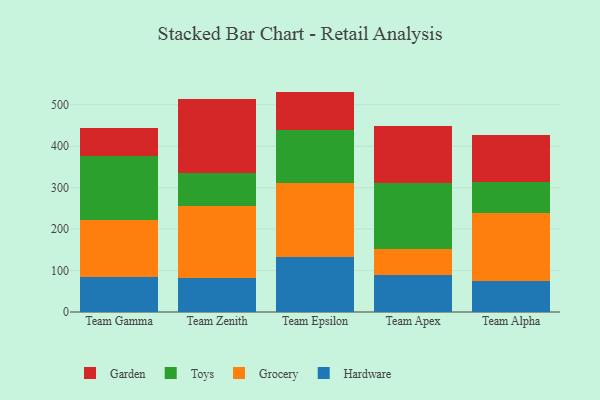
{"axis": {"x": "Team", "y": "Revenue (USD Million)"}, "legend": ["Garden", "Grocery", "Hardware", "Toys"], "data": [{"x": "Team Gamma", "y": 83.7, "type": "Hardware"}, {"x": "Team Gamma", "y": 138.0, "type": "Grocery"}, {"x": "Team Gamma", "y": 155.1, "type": "Toys"}, {"x": "Team Gamma", "y": 68.1, "type": "Garden"}, {"x": "Team Zenith", "y": 83.0, "type": "Hardware"}, {"x": "Team Zenith", "y": 172.8, "type": "Grocery"}, {"x": "Team Zenith", "y": 79.3, "type": "Toys"}, {"x": "Team Zenith", "y": 179.4, "type": "Garden"}, {"x": "Team Epsilon", "y": 132.9, "type": "Hardware"}, {"x": "Team Epsilon", "y": 178.4, "type": "Grocery"}, {"x": "Team Epsilon", "y": 127.8, "type": "Toys"}, {"x": "Team Epsilon", "y": 92.8, "type": "Garden"}, {"x": "Team Apex", "y": 88.9, "type": "Hardware"}, {"x": "Team Apex", "y": 64.0, "type": "Grocery"}, {"x": "Team Apex", "y": 159.6, "type": "Toys"}, {"x": "Team Apex", "y": 137.2, "type": "Garden"}, {"x": "Team Alpha", "y": 74.3, "type": "Hardware"}, {"x": "Team Alpha", "y": 164.6, "type": "Grocery"}, {"x": "Team Alpha", "y": 75.6, "type": "Toys"}, {"x": "Team Alpha", "y": 112.1, "type": "Garden"}]}